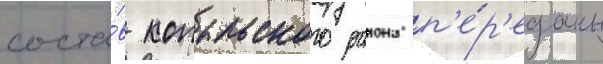
соста́в копыльского раиона п'е́р'еданы